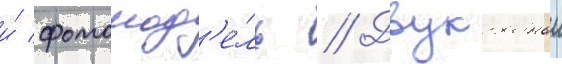
и́ фотомод'е́ль // Двукратныи